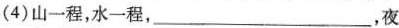
(4)山一程，水一程，___，夜